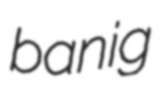
banig